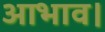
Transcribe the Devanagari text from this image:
आभाव।